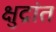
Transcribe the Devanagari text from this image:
क्षुद्रांत